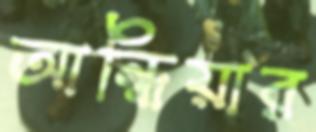
আন্ধিয়ার